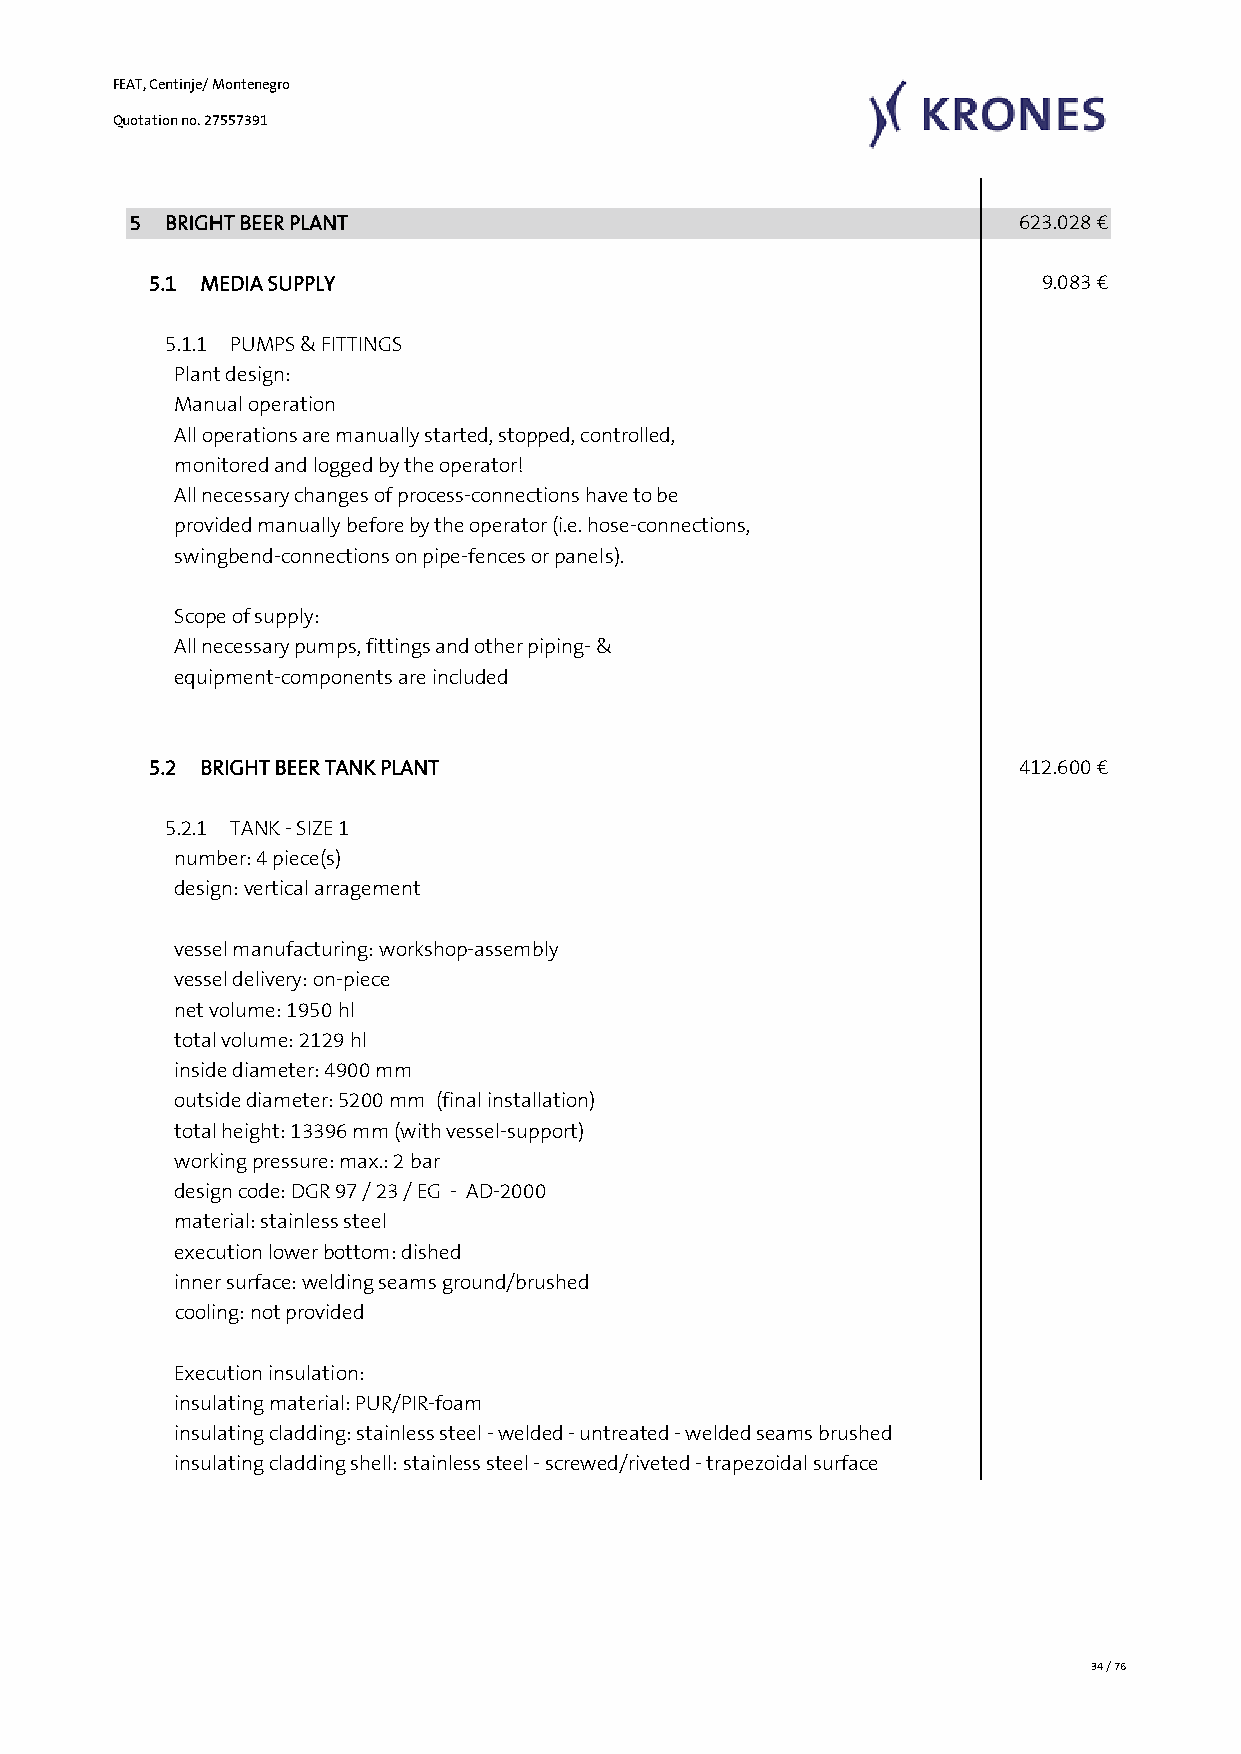
FEAT, Centinje/ Montenegro
 Quotation no. 27557391
 5  BRIGHT BEER PLANT                                       623.028 €
 5.1 MEDIA SUPPLY                                            9.083 €
 5.1.1 PUMPS & FITTINGS
 Plant design:
 Manual operation
 All operations are manually started, stopped, controlled,
 monitored and logged by the operator!
 All necessary changes of process-connections have to be
 provided manually before by the operator (i.e. hose-connections,
 swingbend-connections on pipe-fences or panels).
 Scope of supply:
 All necessary pumps, fittings and other piping- &
 equipment-components are included
 5.2 BRIGHT BEER TANK PLANT                                412.600 €
 5.2.1 TANK - SIZE 1
 number: 4 piece(s)
 design: vertical arragement
 vessel manufacturing: workshop-assembly
 vessel delivery: on-piece
 net volume: 1950 hl
 total volume: 2129 hl
 inside diameter: 4900 mm
 outside diameter: 5200 mm (final installation)
 total height: 13396 mm (with vessel-support)
 working pressure: max.: 2 bar
 design code: DGR 97 / 23 / EG - AD-2000
 material: stainless steel
 execution lower bottom: dished
 inner surface: welding seams ground/brushed
 cooling: not provided
 Execution insulation:
 insulating material: PUR/PIR-foam
 insulating cladding: stainless steel - welded - untreated - welded seams brushed
 insulating cladding shell: stainless steel - screwed/riveted - trapezoidal surface
 34 / 76